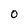
Character: O